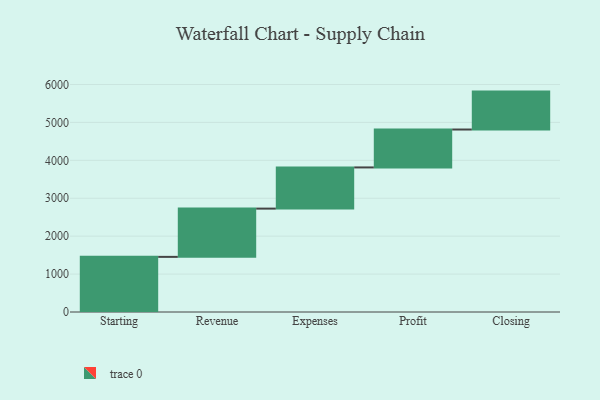
{"axis": {"x": "Step", "y": "Value"}, "legend": [""], "data": [{"x": "Starting", "y": 1454.0, "type": ""}, {"x": "Revenue", "y": 1273.0, "type": ""}, {"x": "Expenses", "y": 1086.0, "type": ""}, {"x": "Profit", "y": 1000, "type": ""}, {"x": "Closing", "y": 1000, "type": ""}]}